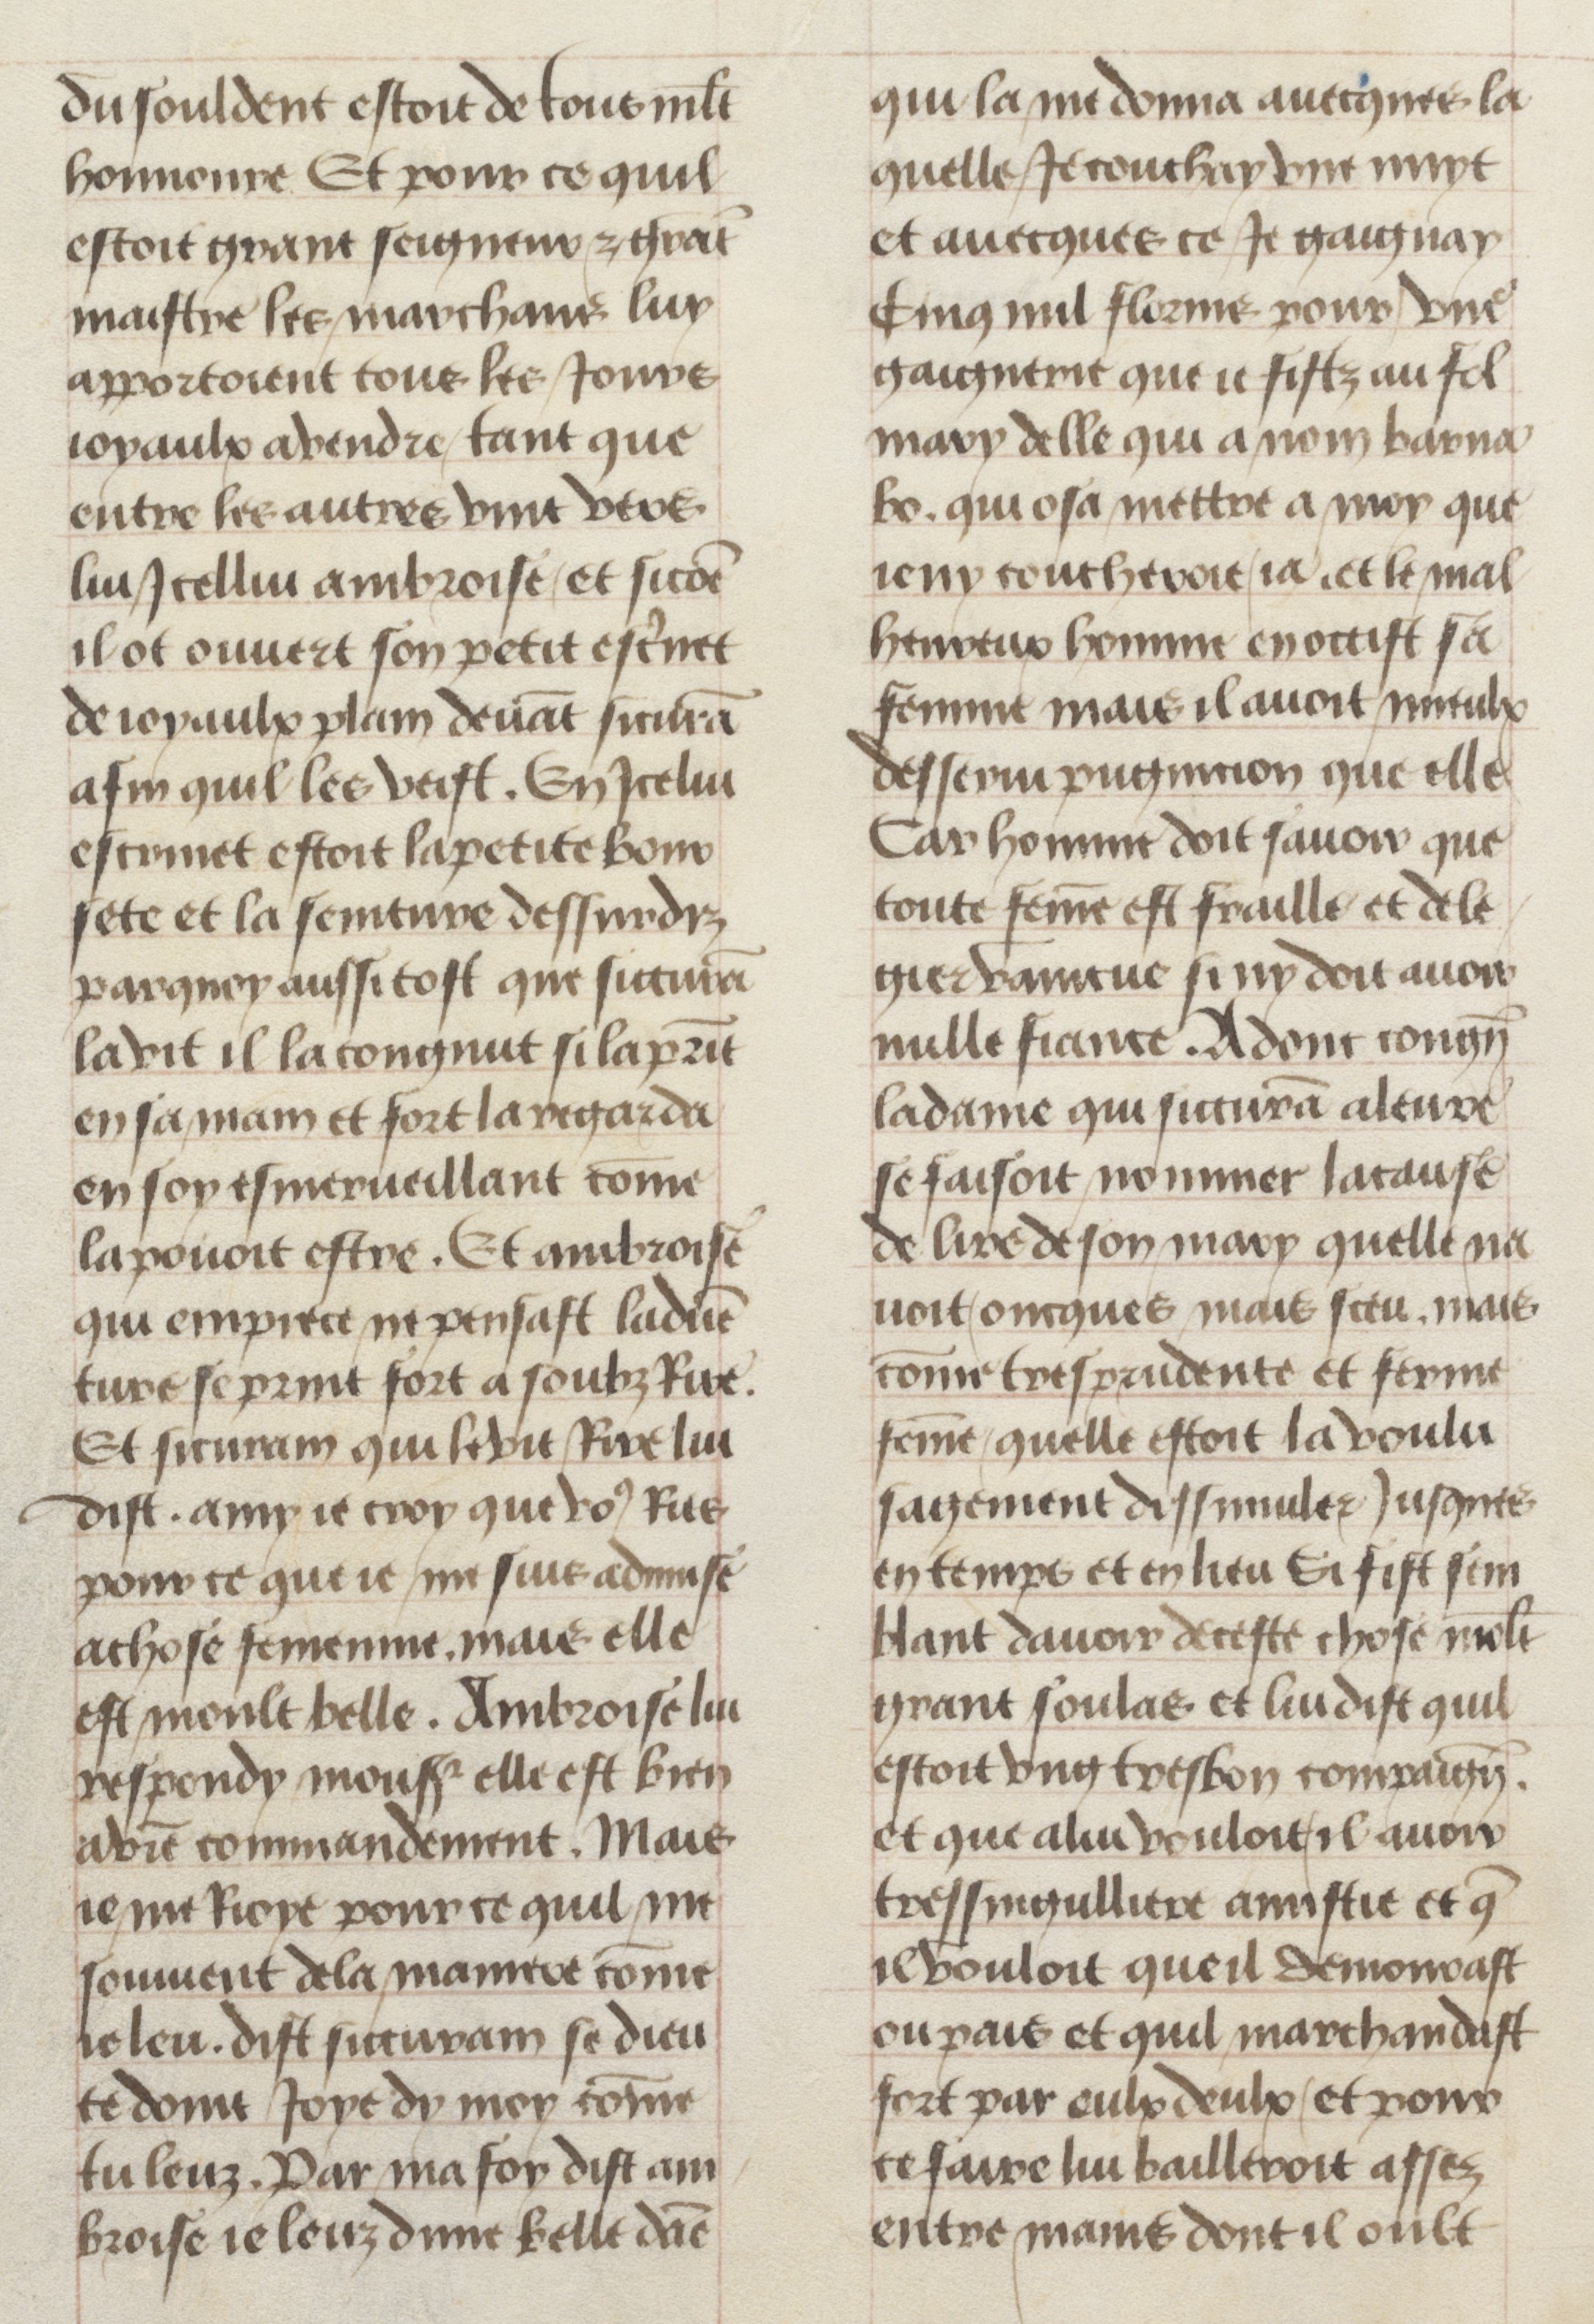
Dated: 1450–1499